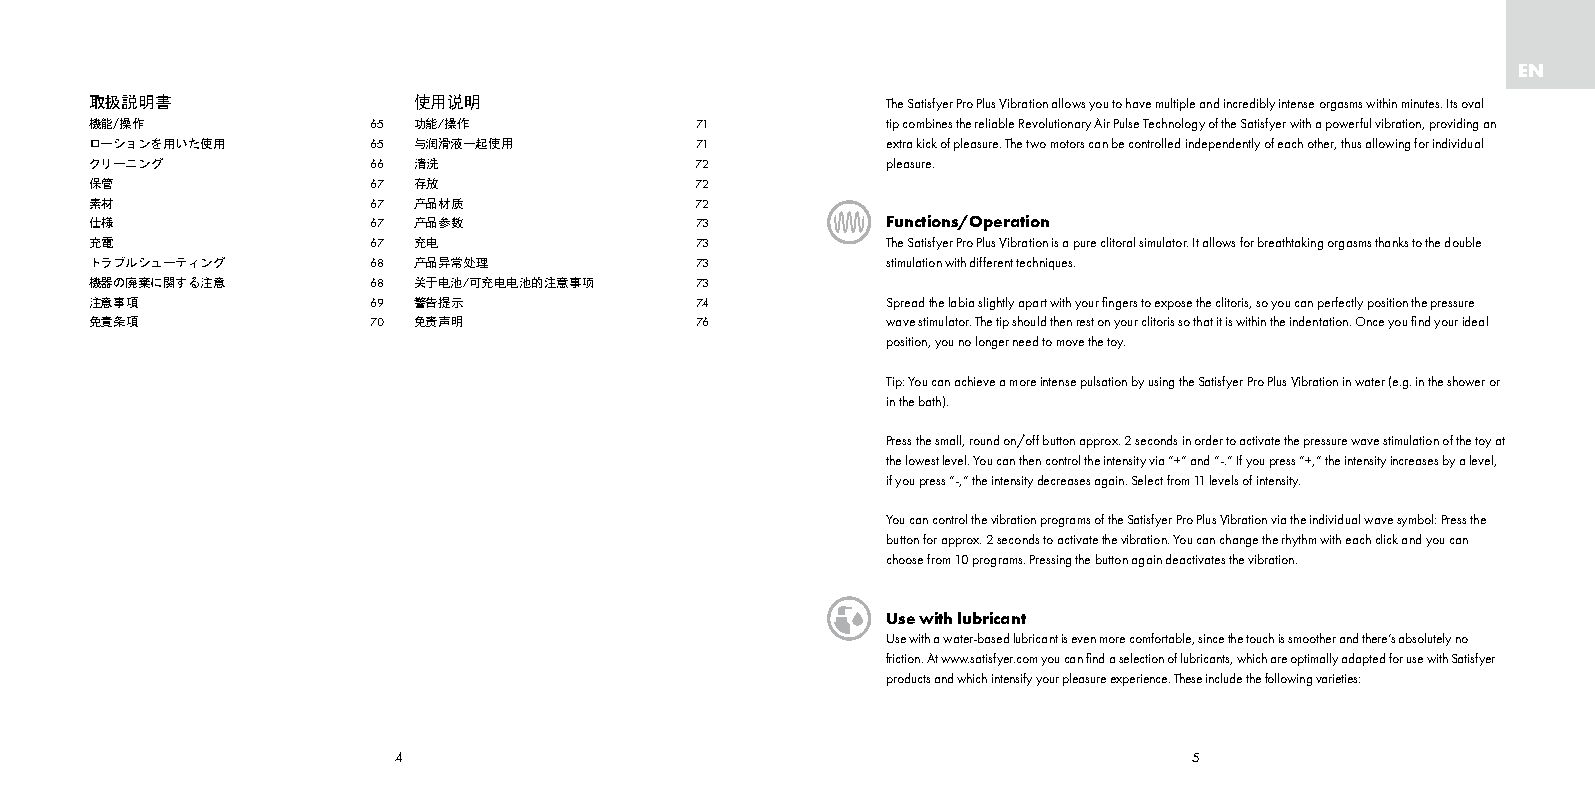
EN
 取扱説明書                使用说明                            The Satisfyer Pro Plus Vibration allows you to have multiple and incredibly intense orgasms within minutes. Its oval
 機能/操作             65 功能/操作              71           tip combines the reliable Revolutionary Air Pulse Technology of the Satisfyer with a powerful vibration, providing an
 ローションを用いた使用       65 与润滑液一起使用           71           extra kick of pleasure. The two motors can be controlled independently of each other, thus allowing for individual
 クリーニング            66 清洗                 72           pleasure.
 保管                67 存放                 72
 素材                67 产品材质               72
 仕様                67 产品参数               73           Functions/Operation
 充電                67 充电                 73           The Satisfyer Pro Plus Vibration is a pure clitoral simulator. It allows for breathtaking orgasms thanks to the double
 トラブルシューティング       68 产品异常处理             73           stimulation with different techniques.
 機器の廃棄に関する注意       68 关于电池/可充电电池的注意事项    73
 注意事項              69 警告提示               74           Spread the labia slightly apart with your fingers to expose the clitoris, so you can perfectly position the pressure
 免責条項               70 免责声明              76           wave stimulator. The tip should then rest on your clitoris so that it is within the indentation. Once you find your ideal
 position, you no longer need to move the toy.
 Tip: You can achieve a more intense pulsation by using the Satisfyer Pro Plus Vibration in water (e.g. in the shower or
 in the bath).
 Press the small, round on/off button approx. 2 seconds in order to activate the pressure wave stimulation of the toy at
 the lowest level. You can then control the intensity via “+” and “-.” If you press “+,” the intensity increases by a level,
 if you press “-,” the intensity decreases again. Select from 11 levels of intensity.
 You can control the vibration programs of the Satisfyer Pro Plus Vibration via the individual wave symbol: Press the
 button for approx. 2 seconds to activate the vibration. You can change the rhythm with each click and you can
 choose from 10 programs. Pressing the button again deactivates the vibration.
 Use with lubricant
 Use with a water-based lubricant is even more comfortable, since the touch is smoother and there’s absolutely no
 friction. At www.satisfyer.com you can find a selection of lubricants, which are optimally adapted for use with Satisfye r
 products and which intensify your pleasure experience. These include the following varieties:
 4                                                    5